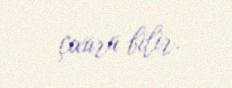
çıxara bilir.